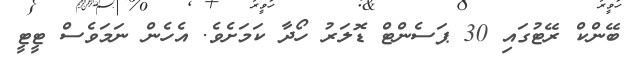
ބޭންކް ރޭޓުގައި 30 ޕަސެންްޓް ޑޮލަރު ހޯދާ ކަމަށެވެ. އެހެން ނަމަވެސް ޓީޓީ